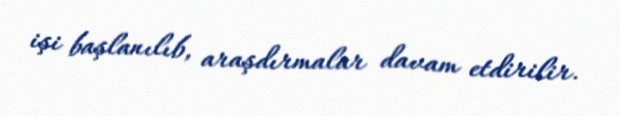
işi başlanılıb, araşdırmalar davam etdirilir.